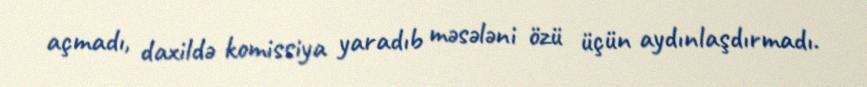
açmadı, daxildə komissiya yaradıb məsələni özü üçün aydınlaşdırmadı.